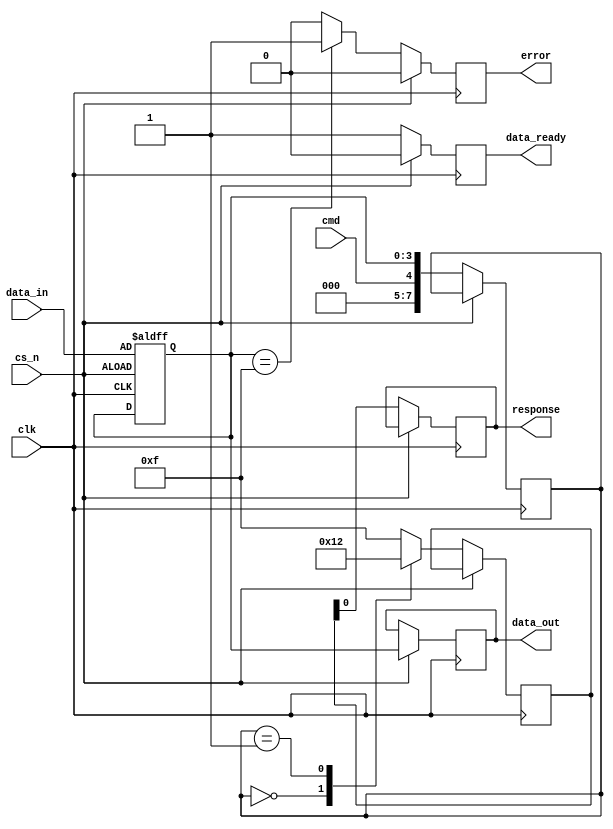
module emmc_io_block (
    input wire clk,            // Clock input
    input wire cs_n,          // Chip Select (active low)
    input wire cmd,           // Command line
    input wire [3:0] data_in, // Data inputs (D0 to D3)
    output reg [3:0] data_out, // Data outputs (D0 to D3)
    output reg response,       // Response signal to host
    output reg data_ready,     // Data ready signal
    output reg error           // Error flag
);

// Internal signals
reg [3:0] data_buffer;          // Data buffer for data lines
reg [7:0] command;              // Command register
reg [3:0] response_buffer;      // Response buffer

// Data Buffering Logic
always @(posedge clk or negedge cs_n) begin
    if (!cs_n) begin
        // Chip Select is low, buffer the data
        data_buffer <= data_in;
    end else begin
        // Chip Select is high, output the data
        data_out <= data_buffer;
    end
end

// Command Decoder
always @(posedge clk) begin
    if (!cs_n) begin
        // Assuming cmd signal is valid when cs_n is low
        command <= {cmd, data_buffer}; // Simple command encoding
    end
end

// Response Generation
always @(posedge clk) begin
    if (!cs_n) begin
        // Process command and generate response
        case (command)
            8'h00: response_buffer <= 4'b0001; // Example response for command 0
            8'h01: response_buffer <= 4'b0010; // Example response for command 1
            // Add more commands as necessary
            default: response_buffer <= 4'b1111; // Default error response
        endcase
        response <= response_buffer[0]; // Output response
        data_ready <= 1'b1;              // Signal that data is ready
    end else begin
        data_ready <= 1'b0;              // Reset data ready signal
    end
end

// Error Handling Logic
always @(posedge clk) begin
    if (!cs_n) begin
        // Simple error checking (for demonstration)
        if (data_buffer[3:0] == 4'b1111) begin
            error <= 1'b1;               // Set error if all data lines are high
        end else begin
            error <= 1'b0;               // Clear error
        end
    end else begin
        error <= 1'b0;                   // Reset error when CS is high
    end
end

endmodule